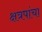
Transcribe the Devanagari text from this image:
क्षत्रपांचा